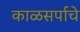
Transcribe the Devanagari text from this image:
काळसर्पाचे